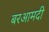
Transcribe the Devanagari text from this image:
बरआमदी